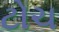
ટોચ